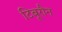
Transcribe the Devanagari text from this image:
टिबूरौन